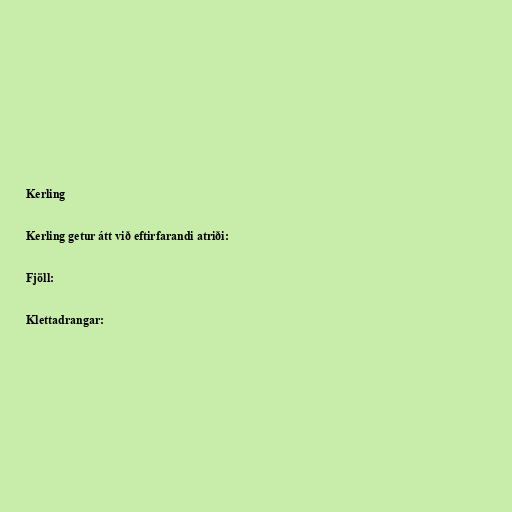
Kerling

Kerling getur átt við eftirfarandi atriði:

Fjöll:

Klettadrangar: